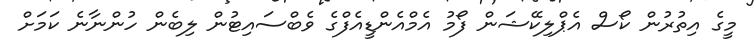
މީގެ އިތުރުން ކޯސް އެޕްލިކޭޝަން ފޯމު އެމްއެންޑީއެފްގެ ވެބްސައިޓުން ލިބެން ހުންނާނެ ކަމަށް